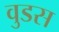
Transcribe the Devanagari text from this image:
वुडस